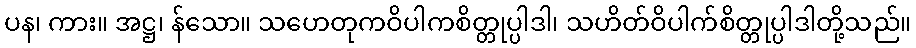
ပန၊ ကား။ အဋ္ဌ၊ န်သော။ သဟေတုကဝိပါကစိတ္တုပ္ပါဒါ၊ သဟိတ်ဝိပါက်စိတ္တုပ္ပါဒါတို့သည်။